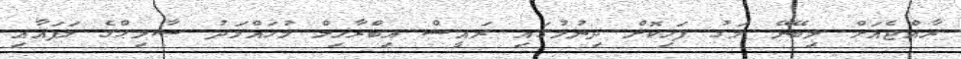
ރާއްޖެއަށް ލިބޭނޭ މަގު ފަހިކޮށް ދިނުމުގައި ރައީސް އިބްރާހިމް މުހައްމަދު ސާލިޙްގެ ލަފައާއި